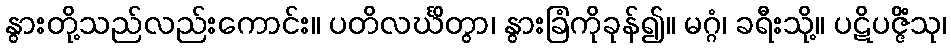
နွားတို့သည်လည်းကောင်း။ ပတိလင်္ဃိတွာ၊ နွားခြံကိုခုန်၍။ မဂ္ဂံ၊ ခရီးသို့။ ပဋိပဇ္ဇိံသု၊